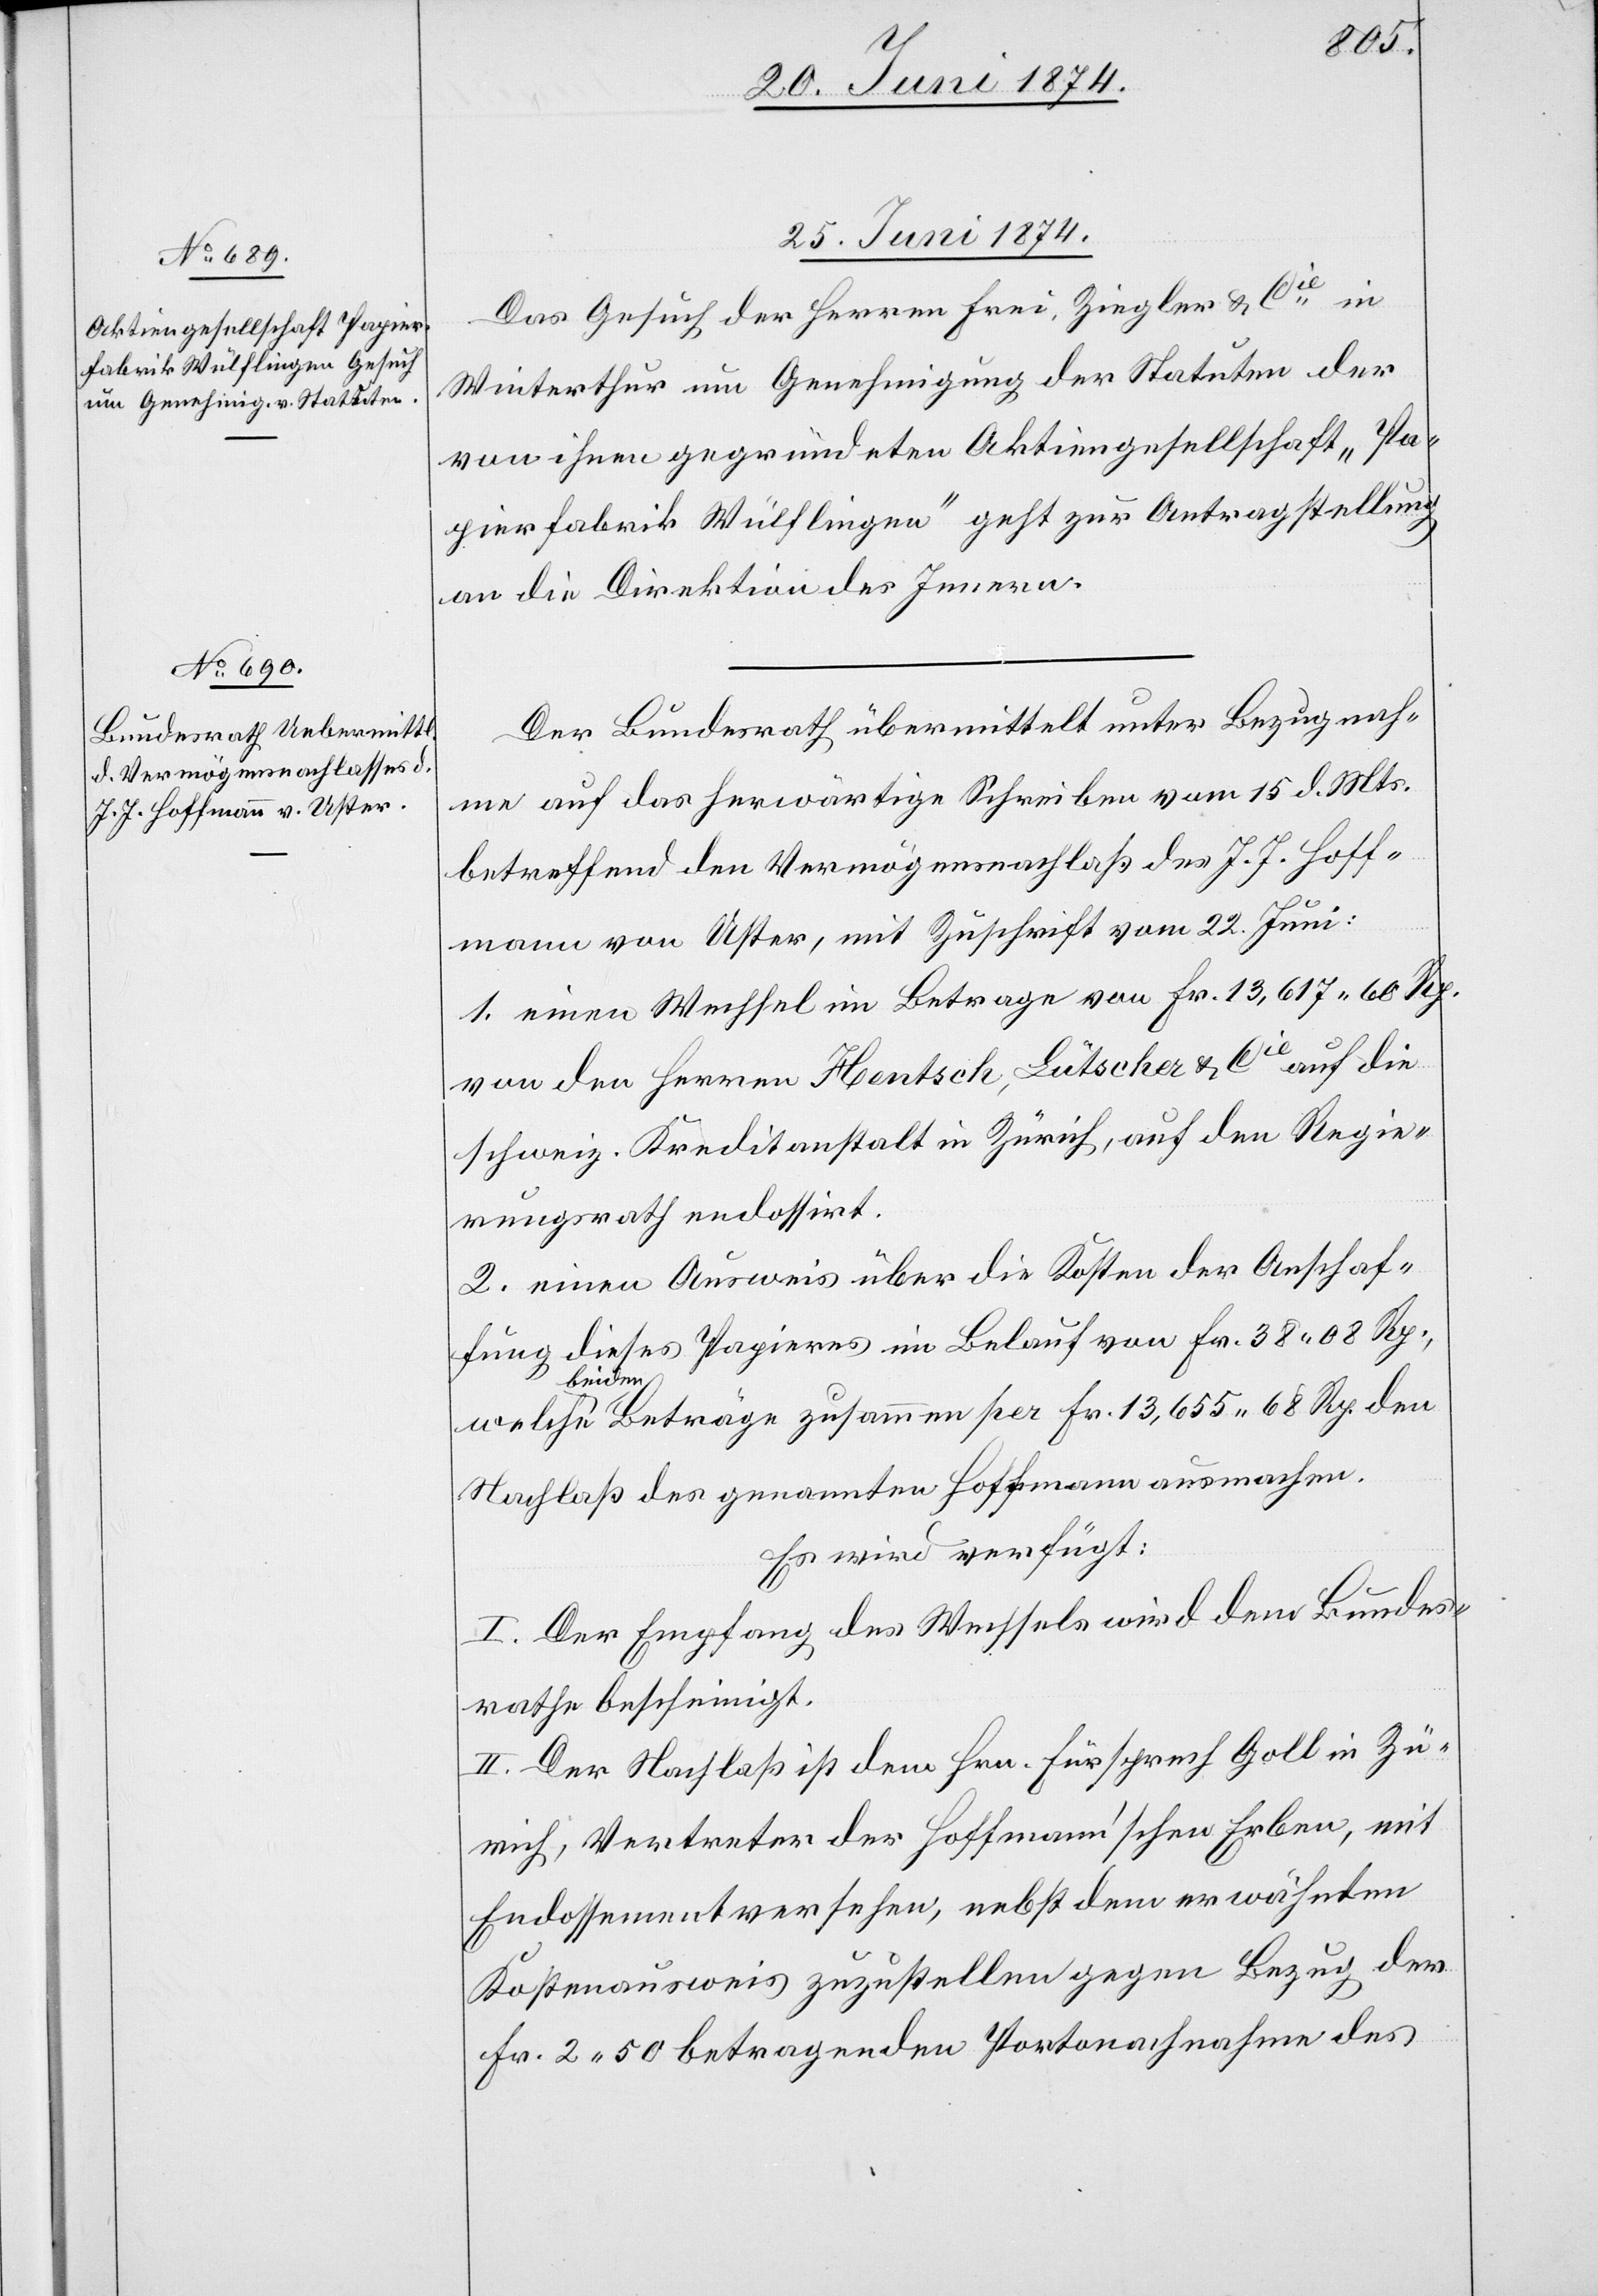
68 Rp.
den
25. Juni 1874.]
Das Gesuch der Herren Frei, Ziegler u. Cie in
Winterthur um Genehmigung der Statuten der
von ihnen gegründeten Aktiengesellschaft „Pa¬
pierfabrik Wülflingen“ geht zur Antragstellung
an die Direktion des Innern.
Der Bundesrath übermittelt unter Bezugnah¬
me auf das herwärtige Schreiben vom 15. d. Mts.
betreffend den Vermögensnachlaß des J. J. Hoff¬
mann von Uster, mit Zuschrift vom 22. Juni:
1. einen Wechsel im Betrage von Fr. 13,617. 60 Rp.
von den Herren Hentsch, Lütscher u. Cie auf die
schweiz. Kreditanstalt in Zürich, auf den Regie¬
rungsrath endossirt.
2. einen Ausweis über die Kosten der Anschaf¬
fung dieses Papieres im Belauf von Fr. 38, 08 Rp.,
beiden
Nachlaß des genannten Hoffmann ausmachen.
Es wird verfügt:
I. Der Empfang des Wechsels wird dem Bundes¬
rathe bescheinigt.
II. Der Nachlaß ist dem Hrn. Fürsprech Goll in Zü¬
rich, Vertreter der Hoffmann’schen Erben, mit
Endossement versehen, nebst dem erwähnten
Kostenausweis zuzustellen gegen Bezug der
Fr. 2.50 betragenden Portonachnahme des